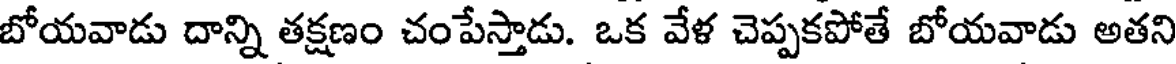
బోయవాడు దాన్ని తక్షణం చంపేస్తాడు. ఒక వేళ చెప్పకపోతే బోయవాడు అతని